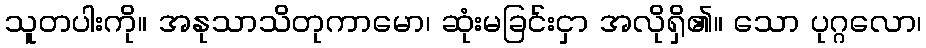
သူတပါးကို။ အနုသာသိတုကာမော၊ ဆုံးမခြင်းငှာ အလိုရှိ၏။ သော ပုဂ္ဂလော၊